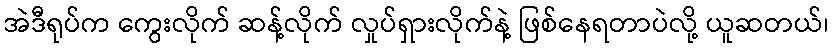
အဲဒီရုပ်က ကွေးလိုက် ဆန့်လိုက် လှုပ်ရှားလိုက်နဲ့ ဖြစ်နေရတာပဲလို့ ယူဆတယ်၊